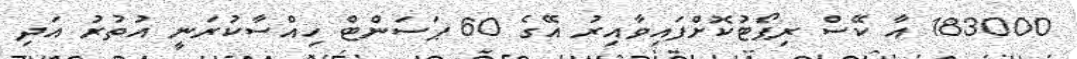
183000 އާ ކޭސް ރިޕޯޓުކޮށްފައިވާއިރު އޭގެ 60 ޕަސަންޓް ހިއްސާކުރަނީ އުތުރު އަދި